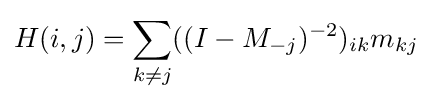
H(i,j)=\sum _{k\neq j}((I-M_{-j})^{-2})_{ik}m_{kj}